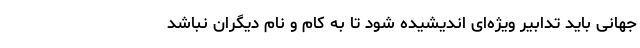
جهانی باید تدابیر ویژه‌ای اندیشیده شود تا به کام و نام دیگران نباشد